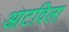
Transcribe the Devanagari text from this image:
आटविला